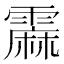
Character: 𲊇